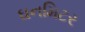
ઘનમિટર